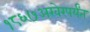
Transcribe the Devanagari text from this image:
१८६७अखेरपर्यंत